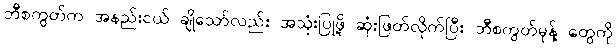
ဘီစကွတ်က အနည်းငယ် ချိုသော်လည်း အသုံးပြုဖို့ ဆုံးဖြတ်လိုက်ပြီး ဘီစကွတ်မုန့် တွေကို